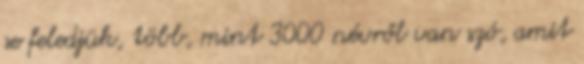
se feledjük, több, mint 3000 névről van szó, amit